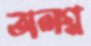
অলগ্ন